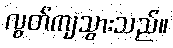
လွတ်ကျသွားသည်။